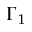
\Gamma _ { 1 }